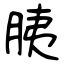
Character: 胰